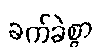
ခက်ခဲစွာ